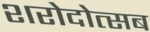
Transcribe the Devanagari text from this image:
शरोदोत्सब